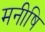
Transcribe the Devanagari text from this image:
मनीषि